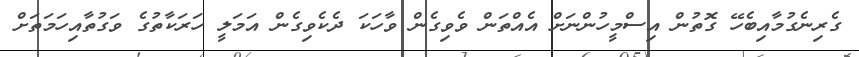
ގެރިނެގުމާއިބެހޭ ގޮތުން އިސްމީހުންނަށް އެއްތަން ވެވިގެން ވާހަކަ ދެކެވިގެން އަމަލީ ހަރަކާތުގެ ވަގުތާއިހަމަތަށް